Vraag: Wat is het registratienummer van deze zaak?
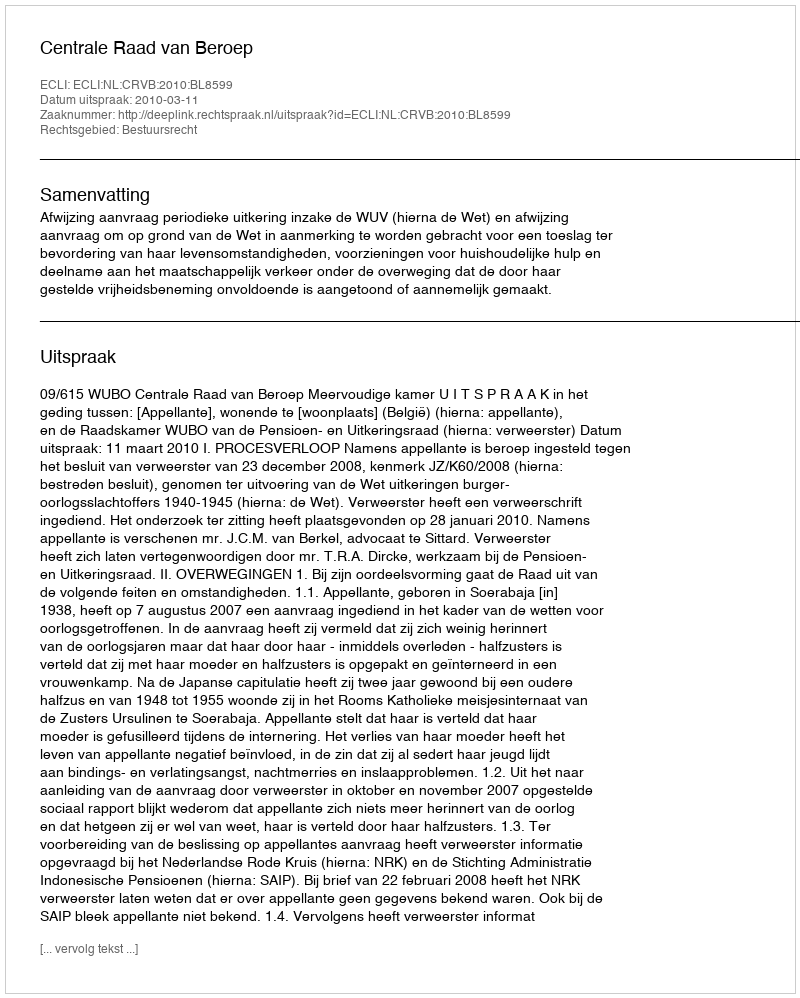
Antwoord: http://deeplink.rechtspraak.nl/uitspraak?id=ECLI:NL:CRVB:2010:BL8599